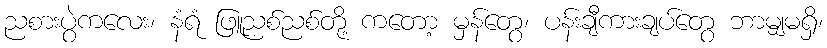
ညစားပွဲကလေး၊ နံရံ ဖြူညစ်ညစ်တို့ ကတော့ မှန်တွေ၊ ပန်းချီကားချပ်တွေ ဘာမျှမရှိ၊